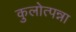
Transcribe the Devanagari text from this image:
कुलोत्पन्ना